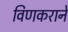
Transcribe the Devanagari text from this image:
विणकराने